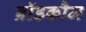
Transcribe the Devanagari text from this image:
ब्रॉडकौम